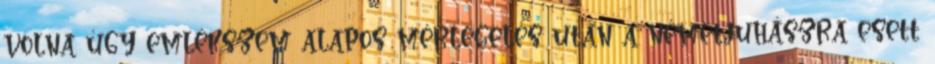
volna úgy emlékszem alapos mérlegelés után a németjuhászra esett